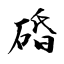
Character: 碈